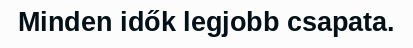
Minden idők legjobb csapata.